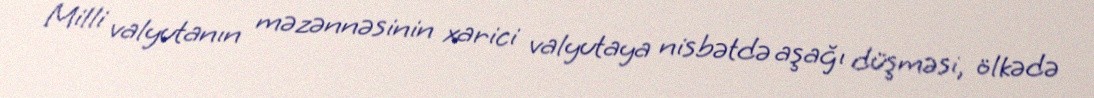
Milli valyutanın məzənnəsinin xarici valyutaya nisbətdə aşağı düşməsi, ölkədə